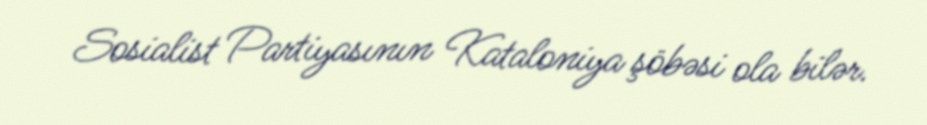
Sosialist Partiyasının Kataloniya şöbəsi ola bilər.